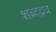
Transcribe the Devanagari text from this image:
शब्दद्वय